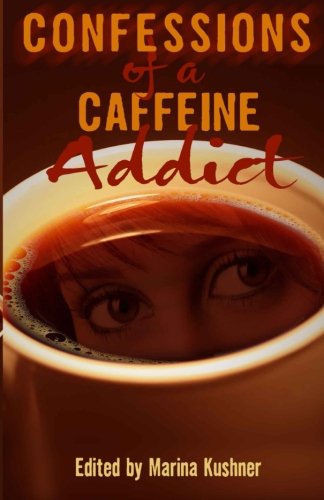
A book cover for Confessions of a Caffeine Addict: 40 True Anonymous Short Stories; Marina Kushner; Health, Fitness & Dieting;